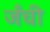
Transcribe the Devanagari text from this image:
जँची